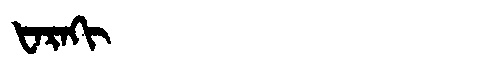
Manchu: ᡶᠠᡵᠠᡴᡳ
Romanization: FARAKI